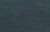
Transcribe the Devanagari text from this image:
काळ्सर